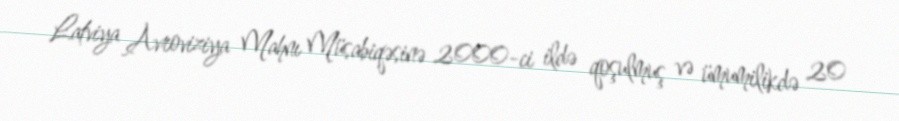
Latviya Avroviziya Mahnı Müsabiqəsinə 2000-ci ildə qoşulmuş və ümumilikdə 20